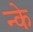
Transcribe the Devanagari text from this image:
न्के